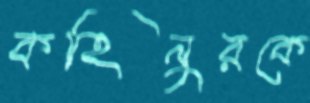
কহিনুরকে